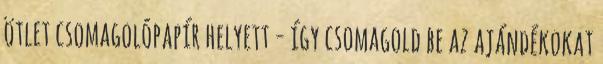
ötlet csomagolópapír helyett - így csomagold be az ajándékokat